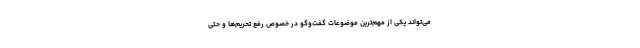
می‌تواند یکی از مهم‌ترین موضوعات گفت‌وگو در خصوص رفع تحریم‌ها و حتی